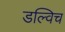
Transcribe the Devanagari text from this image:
डल्विच